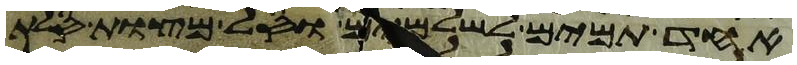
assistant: אחד תמים לשלמים וסל מצות סלת